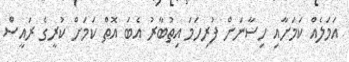
އަމަލެއް ކަމަށާއި ހިސާނަށް ފުރިހަމަ އިތުބާރު އެބަ އޮތް ކަމަށް ކުރީގެ ރައީސް